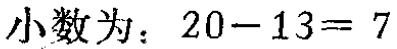
小数为：\(20 - 13 = 7\)